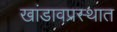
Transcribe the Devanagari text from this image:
खांडावप्रस्थात